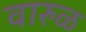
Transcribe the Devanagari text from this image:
वारुळ